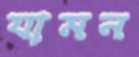
যামন